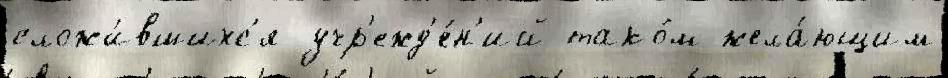
сложи́вшихс'я учр'ежд'е́н'ий тако́м жела́ющим